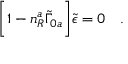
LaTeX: \biggl [ 1 - n _ { R } ^ { a } \tilde { \Gamma } _ { 0 a } \biggr ] \tilde { \epsilon } = 0 \quad .